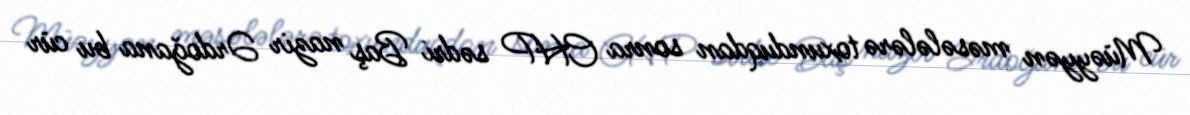
Müəyyən məsələlərə toxunduqdan sonra CHP sədri Baş nazir Ərdoğana bu cür